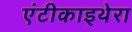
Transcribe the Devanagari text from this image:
एंटीकाइथेरा